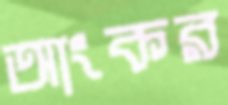
আংকর